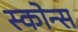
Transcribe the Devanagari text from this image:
स्कोन्स